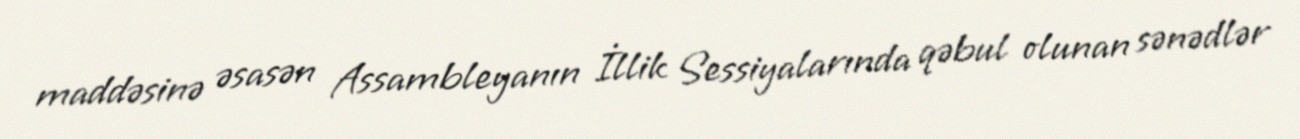
maddəsinə əsasən Assambleyanın İllik Sessiyalarında qəbul olunan sənədlər